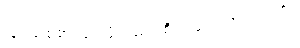
ပြင်သစ်စာ သင်ဖို့လည်း စီစဉ်ပေးလိုက်တယ်။